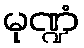
မုဏ္ဍံ